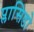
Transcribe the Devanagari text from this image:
प्लासिडो